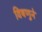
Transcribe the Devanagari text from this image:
विषणुने